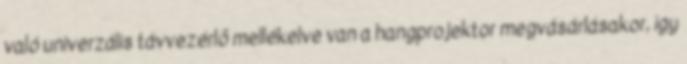
való univerzális távvezérlő mellékelve van a hangprojektor megvásárlásakor, így